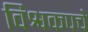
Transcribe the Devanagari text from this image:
विश्वकपचे